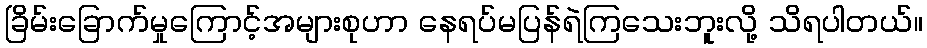
ခြိမ်းခြောက်မှုကြောင့်အများစုဟာ နေရပ်မပြန်ရဲကြသေးဘူးလို့ သိရပါတယ်။